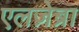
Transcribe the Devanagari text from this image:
एलज़ेब्रा